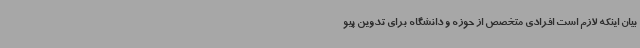
بیان اینکه لازم است افرادی متخصص از حوزه و دانشگاه برای تدوین پیو